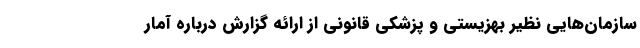
سازمان‌هایی نظیر بهزیستی و پزشکی قانونی از ارائه گزارش درباره آمار